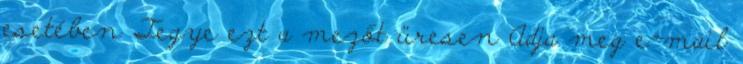
esetében Tegye ezt a mezőt üresen Adja meg e-mail